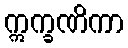
ဣက္ခဏိကာ